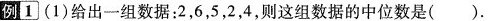
例1 (1)给出一组数据：2，6，5，2，4，则这组数据的中位数是( ).